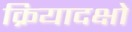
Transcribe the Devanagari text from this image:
क्रियादक्षो